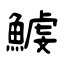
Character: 鰬